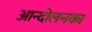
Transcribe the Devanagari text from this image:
आन्दोलनका